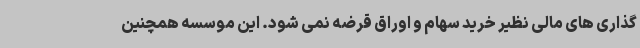
گذاری های مالی نظیر خرید سهام و اوراق قرضه نمی شود. این موسسه همچنین